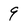
Character: 9